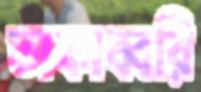
তাকাব্বরি